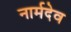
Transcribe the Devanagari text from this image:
नार्मदेव